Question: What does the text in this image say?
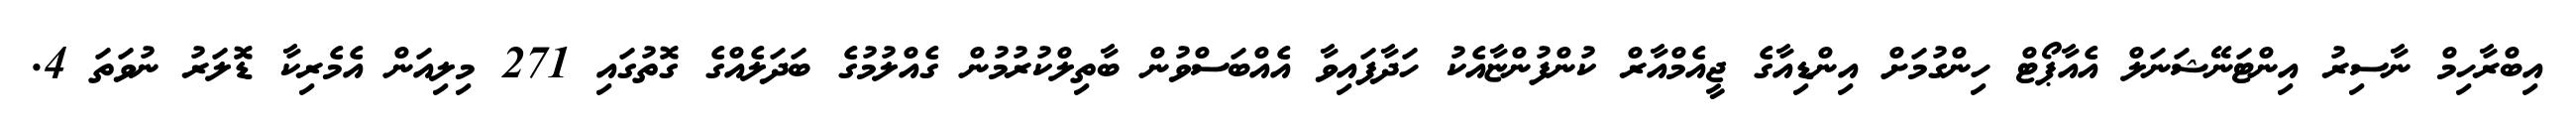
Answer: އިބްރާހިމް ނާސިރު އިންޓަނޭޝަނަލް އެއާޕޯޓް ހިންގުމަށް އިންޑިއާގެ ޖީއެމްއާރް ކުންފުންޏާއެކު ހަދާފައިވާ އެއްބަސްވުން ބާތިލްކުރުމުން ގެއްލުމުގެ ބަދަލެއްގެ ގޮތުގައި 271 މިލިއަން އެމެރިކާ ޑޮލަރު ނުވަތަ 4.